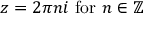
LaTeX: z = 2 \pi n i { \mathrm { ~ f o r ~ } } n \in \mathbb { Z }